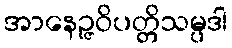
အာနေဉ္ဇဝိပတ္တိသမ္ပဒါ